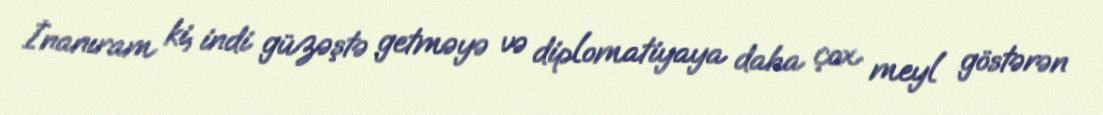
İnanıram ki, indi güzəştə getməyə və diplomatiyaya daha çox meyl göstərən